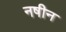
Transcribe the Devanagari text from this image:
नषीन